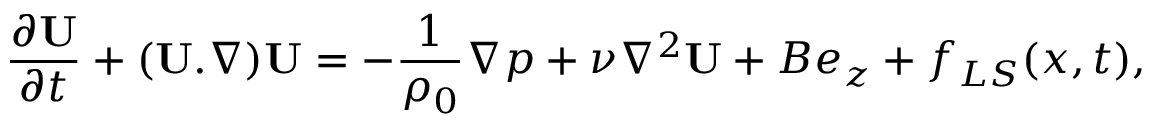
\frac { \partial { \bf U } } { \partial t } + ( { \bf U } . \nabla ) { \bf U } = - \frac { 1 } { \rho _ { 0 } } \nabla p + \nu \nabla ^ { 2 } { \bf U } + B e _ { z } + f _ { L S } ( x , t ) , ~ ~